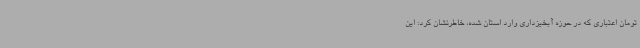
تومان اعتباری که در حوزه آبخیزداری وارد استان شده، خاطرنشان کرد: این